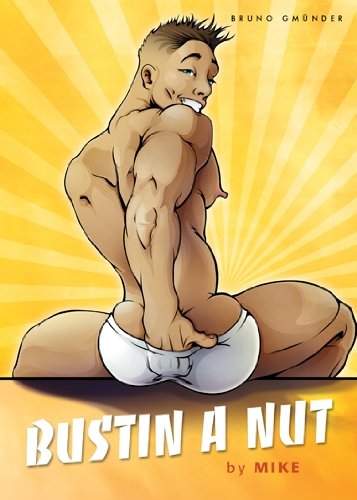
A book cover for Bustin a Nut; Comics & Graphic Novels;